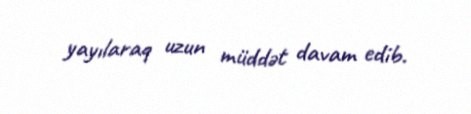
yayılaraq uzun müddət davam edib.